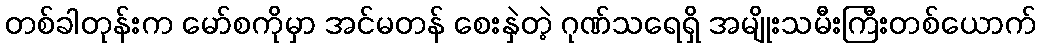
တစ်ခါတုန်းက မော်စကိုမှာ အင်မတန် စေးနှဲတဲ့ ဂုဏ်သရေရှိ အမျိုးသမီးကြီးတစ်ယောက်